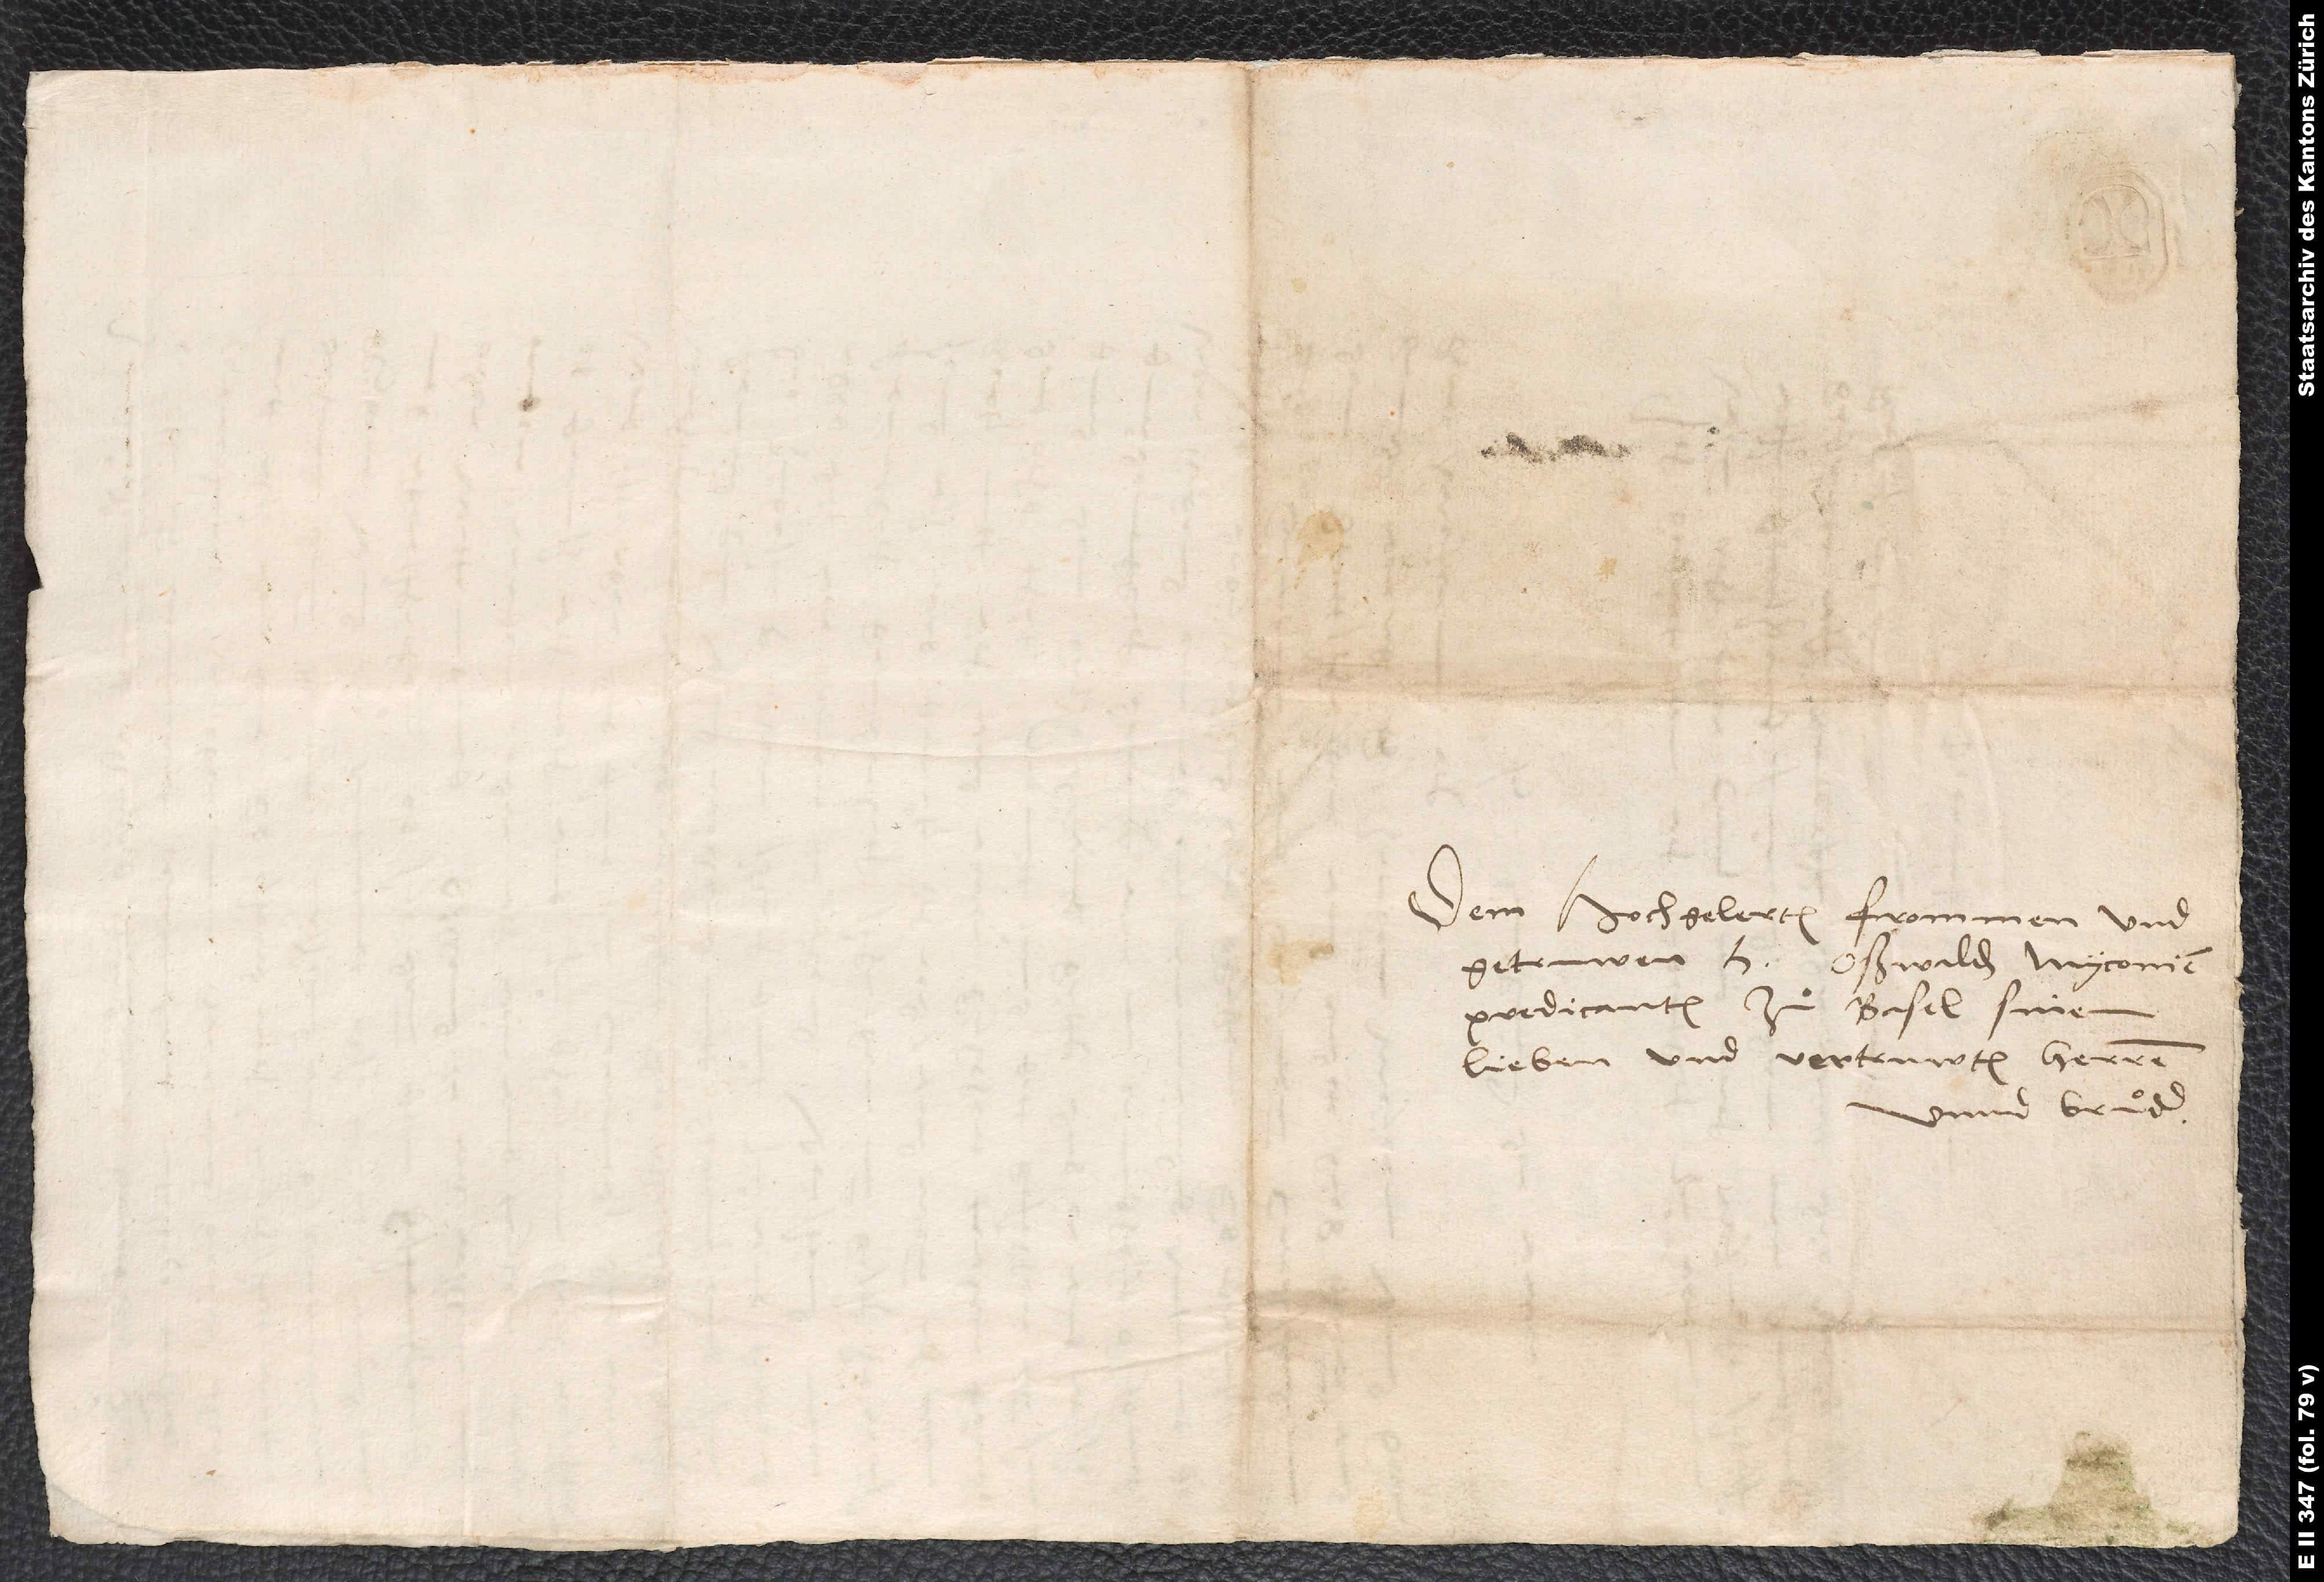
Dem hochgelerten, frommen und
getruwen h. Oßwalden Myconien,
predicanten zu Basel, sinem
lieben und vertruwten herren